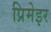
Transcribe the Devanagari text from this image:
प्रिमेइर